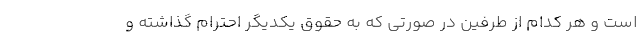
است و هر کدام از طرفین در صورتی که به حقوق یکدیگر احترام گذاشته و